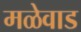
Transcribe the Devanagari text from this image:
मळेवाड